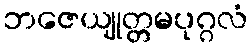
ဘဇေယျုတ္တမပုဂ္ဂလံ